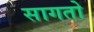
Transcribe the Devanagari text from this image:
सागतो